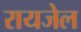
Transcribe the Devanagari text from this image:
रायजेल